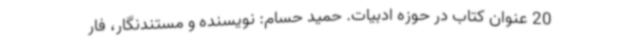
20 عنوان کتاب در حوزه ادبیات. حمید حسام: نویسنده و مستندنگار، فار